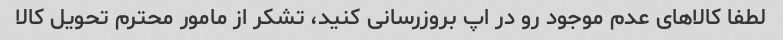
لطفا کالاهای عدم موجود رو در اپ بروزرسانی کنید، تشکر از مامور محترم تحویل کالا